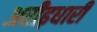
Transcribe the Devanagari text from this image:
अरीढ़धारी